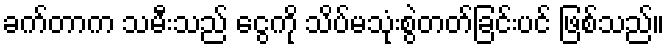
ခက်တာက သမီးသည် ငွေကို သိပ်မသုံးစွဲတတ်ခြင်းပင် ဖြစ်သည်။